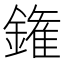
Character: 𨫝